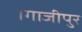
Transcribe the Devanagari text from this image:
।गाजीपुर